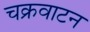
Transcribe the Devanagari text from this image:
चक्रवाटन